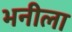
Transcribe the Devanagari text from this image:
भनीला